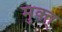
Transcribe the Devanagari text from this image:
मुक्त्